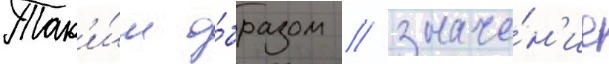
Так'и́м о́бразом / значе́н'ие